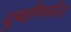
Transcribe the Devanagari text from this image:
दुबईपर्यंत